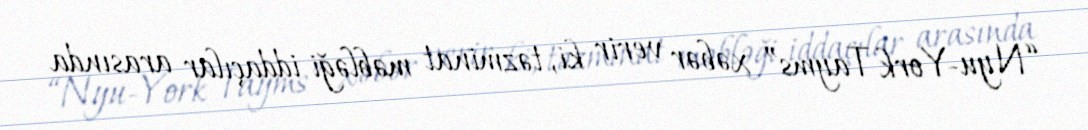
“Nyu-York Tayms” xəbər verir ki, təzminat məbləği iddaçılar arasında